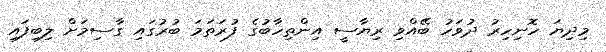
މިދިޔަ ހޮނިހިރު ދުވަހު ބޭއްވި ރިޔާސީ އިންތިހާބުގެ ފުރަތަމަ ބުރުގައި ގާސިމަށް ލިބިފައި